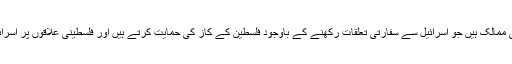
انھوں نے کہا کہ دُنیا کے ایسے کئی ممالک ہیں جو اسرائیل سے سفارتی تعلقات رکھنے کے باوجود فلسطین کے کاز کی حمایت کرتے ہیں اور فلسطینی علاقوں پر اسرائیل کے قبضہ کی مذمت کرتے ہیں۔